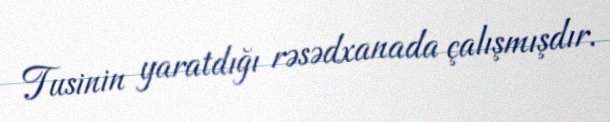
Tusinin yaratdığı rəsədxanada çalışmışdır.